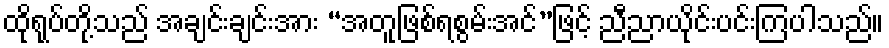
ထိုရုပ်တို့သည် အချင်းချင်းအား “အတူဖြစ်ရစွမ်းအင်”ဖြင့် ညီညာယိုင်းပင်းကြပါသည်။